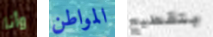
وأنا المواطن بتقطيع